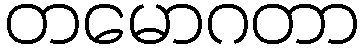
တမောဂတာ